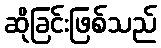
ဆိုခြင်းဖြစ်သည်